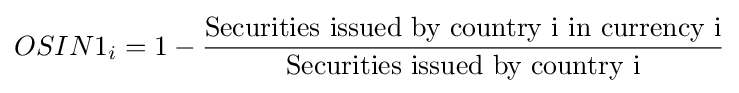
OSIN1_{i}=1-{\frac {\text{Securities issued by country i in currency i}}{\text{Securities issued by country i}}}